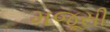
મજૂસી